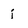
Character: j